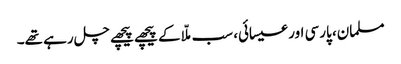
مسلمان، پارسی اور عیسائی، سب ملّا کے پیچھے پیچھے چل رہے تھے۔